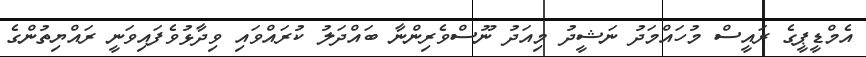
އެމްޑީޕީގެ ރައީސް މުހައްމަދު ނަޝީދު މިއަދު ނޫސްވެރިންނާ ބައްދަލު ކުރައްވައި ވިދާޅުވެފައިވަނީ ރައްޔިތުންގެ